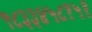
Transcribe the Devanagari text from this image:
९८३३४५८१५१